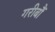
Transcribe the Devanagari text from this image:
गरीबौं